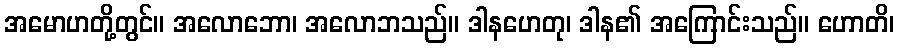
အမောဟတို့တွင်။ အလောဘော၊ အလောဘသည်။ ဒါနဟေတု၊ ဒါန၏ အကြောင်းသည်။ ဟောတိ၊